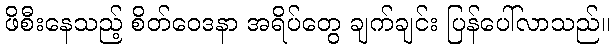
ဖိစီးနေသည့် စိတ်ဝေဒနာ အရိပ်တွေ ချက်ချင်း ပြန်ပေါ်လာသည်။